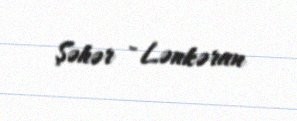
Şəhər - Lənkəran